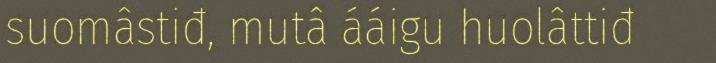
suomâstiđ, mutâ ááigu huolâttiđ